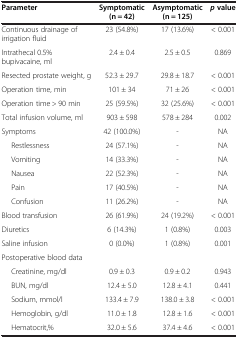
<table><thead><tr><td><b>Parameter</b></td><td><b>Symptomatic (n = 42)</b></td><td><b>Asymptomatic (n = 125)</b></td><td><b><i>p </i>value</b></td></tr></thead><tbody><tr><td>Continuous drainage of irrigation fluid</td><td>23 (54.8%)</td><td>17 (13.6%)</td><td>&lt; 0.001</td></tr><tr><td>Intrathecal 0.5% bupivacaine, ml</td><td>2.4 ± 0.4</td><td>2.5 ± 0.5</td><td>0.869</td></tr><tr><td>Resected prostate weight, g</td><td>52.3 ± 29.7</td><td>29.8 ± 18.7</td><td>&lt; 0.001</td></tr><tr><td>Operation time, min</td><td>101 ± 34</td><td>71 ± 26</td><td>&lt; 0.001</td></tr><tr><td>Operation time &gt; 90 min</td><td>25 (59.5%)</td><td>32 (25.6%)</td><td>&lt; 0.001</td></tr><tr><td>Total infusion volume, ml</td><td>903 ± 598</td><td>578 ± 284</td><td>0.002</td></tr><tr><td>Symptoms</td><td>42 (100.0%)</td><td>-</td><td>NA</td></tr><tr><td>Restlessness</td><td>24 (57.1%)</td><td>-</td><td>NA</td></tr><tr><td>Vomiting</td><td>14 (33.3%)</td><td>-</td><td>NA</td></tr><tr><td>Nausea</td><td>22 (52.3%)</td><td>-</td><td>NA</td></tr><tr><td>Pain</td><td>17 (40.5%)</td><td>-</td><td>NA</td></tr><tr><td>Confusion</td><td>11 (26.2%)</td><td>-</td><td>NA</td></tr><tr><td>Blood transfusion</td><td>26 (61.9%)</td><td>24 (19.2%)</td><td>&lt; 0.001</td></tr><tr><td>Diuretics</td><td>6 (14.3%)</td><td>1 (0.8%)</td><td>0.003</td></tr><tr><td>Saline infusion</td><td>0 (0.0%)</td><td>1 (0.8%)</td><td>0.001</td></tr><tr><td>Postoperative blood data</td><td> </td><td> </td><td> </td></tr><tr><td>Creatinine, mg/dl</td><td>0.9 ± 0.3</td><td>0.9 ± 0.2</td><td>0.943</td></tr><tr><td>BUN, mg/dl</td><td>12.4 ± 5.0</td><td>12.8 ± 4.1</td><td>0.441</td></tr><tr><td>Sodium, mmol/l</td><td>133.4 ± 7.9</td><td>138.0 ± 3.8</td><td>&lt; 0.001</td></tr><tr><td>Hemoglobin, g/dl</td><td>11.0 ± 1.8</td><td>12.8 ± 1.6</td><td>&lt; 0.001</td></tr><tr><td>Hematocrit,%</td><td>32.0 ± 5.6</td><td>37.4 ± 4.6</td><td>&lt; 0.001</td></tr></tbody></table>